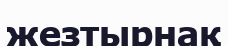
жезтырнақ